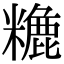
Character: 𥼡